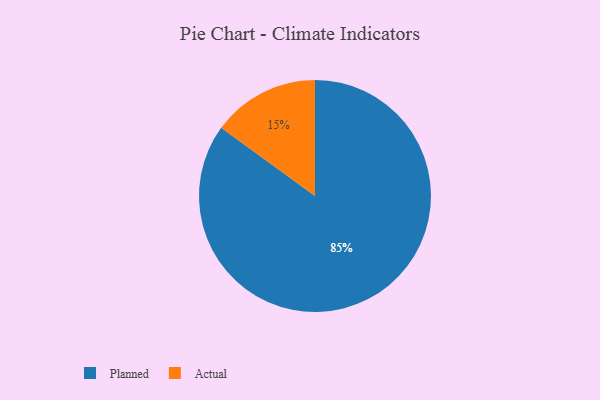
{"axis": {"x": "Category", "y": "Percentage"}, "legend": ["Actual", "Planned"], "data": [{"x": "Planned", "y": 85, "type": "Planned"}, {"x": "Actual", "y": 15, "type": "Actual"}]}